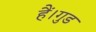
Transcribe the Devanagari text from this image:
हैं।गुड